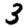
Digit: 3